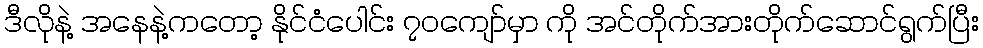
ဒီလိုနဲ့ အနေနဲ့ကတော့ နိုင်ငံပေါင်း ၇၀ကျော်မှာ ကို အင်တိုက်အားတိုက်ဆောင်ရွက်ပြီး